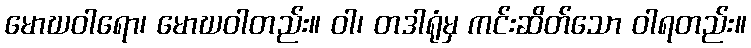
မောဃဝါရော၊ မောဃဝါတည်း။ ဝါ၊ တဒါရုံမှ ကင်းဆိတ်သော ဝါရတည်း။